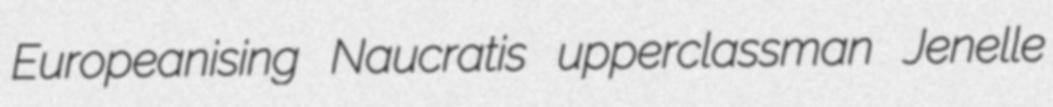
Europeanising Naucratis upperclassman Jenelle